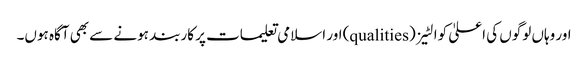
اور وہاں لوگوں کی اعلیٰ کوالٹیز (qualities) اور اسلامی تعلیمات پر کاربند ہونے سے بھی آگاہ ہوں۔